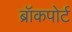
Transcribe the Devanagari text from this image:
ब्रॉकपोर्ट